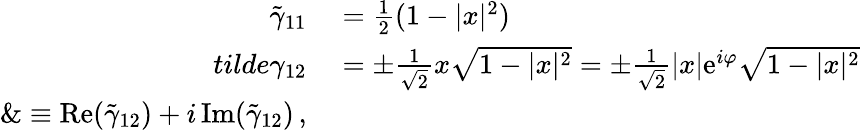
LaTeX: \begin{array}{rl}{\tilde{\gamma}_{11}}&{{}=\frac{1}{2}(1-|x|^{2})}\\ {tilde{\gamma}_{12}}&{{}=\pm\frac{1}{\sqrt{2}}x\sqrt{1-|x|^{2}}=\pm\frac{1}{\sqrt{2}}|x|\mathrm{e}^{i\varphi}\sqrt{1-|x|^{2}}}\\ {\& \equiv\mathrm{Re}(\tilde{\gamma}_{12})+i\, \mathrm{Im}(\tilde{\gamma}_{12})\, ,}\end{array}